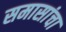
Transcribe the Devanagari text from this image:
समासांचा